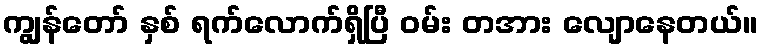
ကျွန်တော် နှစ် ရက်လောက်ရှိပြီ ဝမ်း တအား လျောနေတယ်။